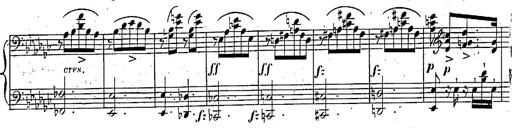
Title: Marche et Cavatine de Lucie de Lammermoor, S.398
Composer: Franz Liszt